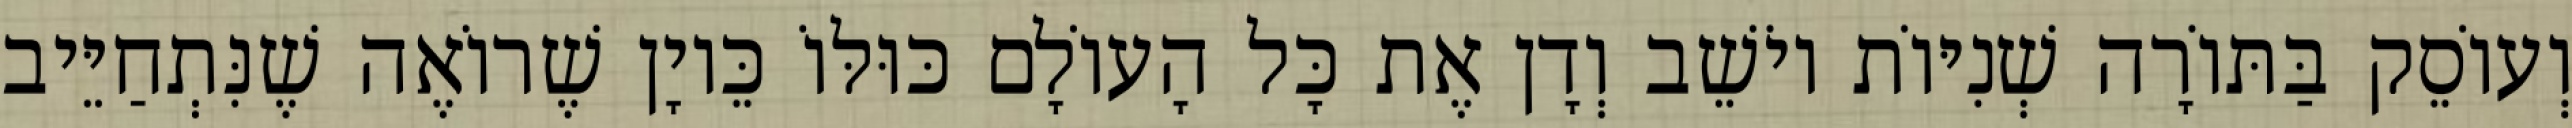
וְעוֹסֵק בַּתּוֹרָה שְׁנִיּוֹת יוֹשֵׁב וְדָן אֶת כָּל הָעוֹלָם כּוּלּוֹ כֵּיוָן שֶׁרוֹאֶה שֶׁנִּתְחַיֵּיב